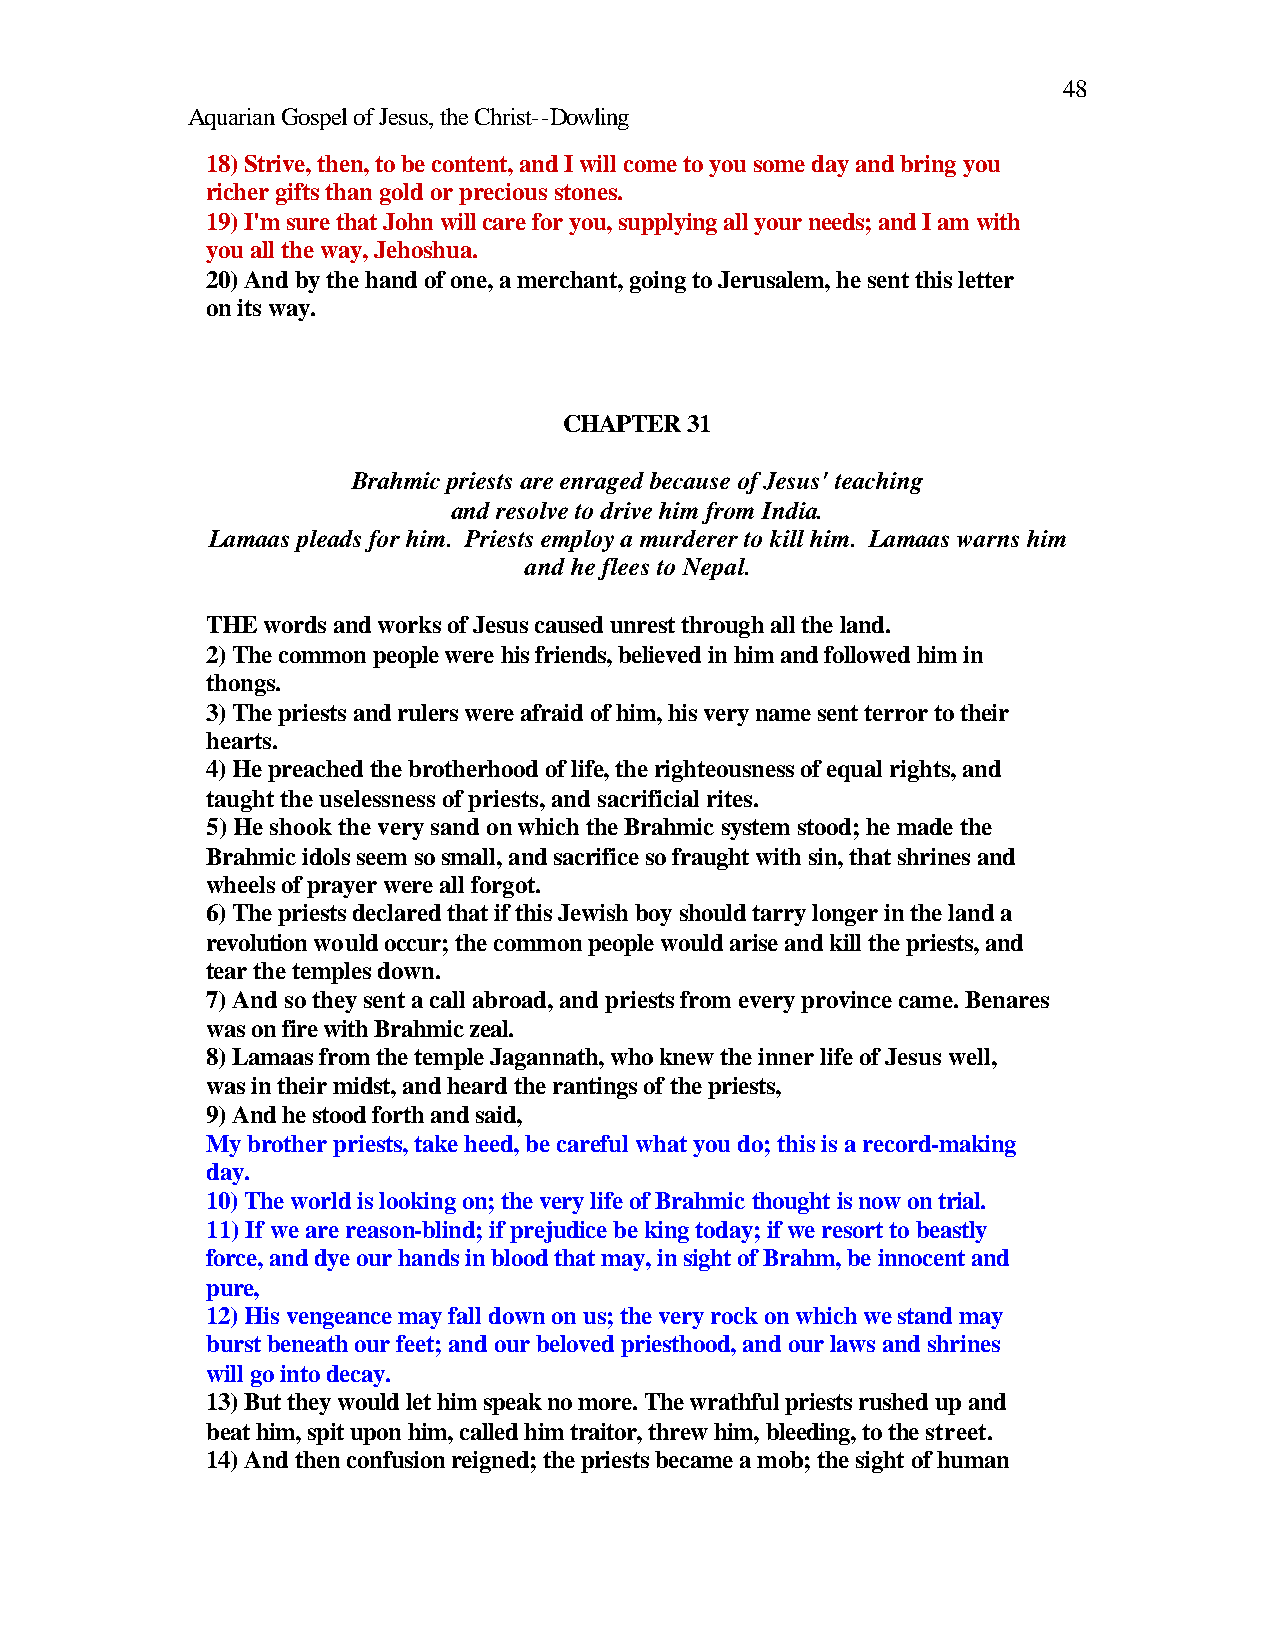
48
 Aquarian Gospel of Jesus, the Christ--Dowling
 18) Strive, then, to be content, and I will come to you some day and bring you
 richer gifts than gold or precious stones.
 19) I'm sure that John will care for you, supplying all your needs; and I am with
 you all the way, Jehoshua.
 20) And by the hand of one, a merchant, going to Jerusalem, he sent this letter
 on its way.
 CHAPTER 31
 Brahmic priests are enraged because of Jesus' teaching
 and resolve to drive him from India.
 Lamaas pleads for him. Priests employ a murderer to kill him. Lamaas warns him
 and he flees to Nepal.
 THE words and works of Jesus caused unrest through all the land.
 2) The common people were his friends, believed in him and followed him in
 thongs.
 3) The priests and rulers were afraid of him, his very name sent terror to their
 hearts.
 4) He preached the brotherhood of life, the righteousness of equal rights, and
 taught the uselessness of priests, and sacrificial rites.
 5) He shook the very sand on which the Brahmic system stood; he made the
 Brahmic idols seem so small, and sacrifice so fraught with sin, that shrines and
 wheels of prayer were all forgot.
 6) The priests declared that if this Jewish boy should tarry longer in the land a
 revolution would occur; the common people would arise and kill the priests, and
 tear the temples down.
 7) And so they sent a call abroad, and priests from every province came. Benares
 was on fire with Brahmic zeal.
 8) Lamaas from the temple Jagannath, who knew the inner life of Jesus well,
 was in their midst, and heard the rantings of the priests,
 9) And he stood forth and said,
 My brother priests, take heed, be careful what you do; this is a record-making
 day.
 10) The world is looking on; the very life of Brahmic thought is now on trial.
 11) If we are reason-blind; if prejudice be king today; if we resort to beastly
 force, and dye our hands in blood that may, in sight of Brahm, be innocent and
 pure,
 12) His vengeance may fall down on us; the very rock on which we stand may
 burst beneath our feet; and our beloved priesthood, and our laws and shrines
 will go into decay.
 13) But they would let him speak no more. The wrathful priests rushed up and
 beat him, spit upon him, called him traitor, threw him, bleeding, to the street.
 14) And then confusion reigned; the priests became a mob; the sight of human